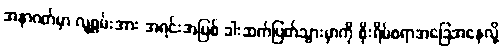
အနာဂတ်မှာ လူ့စွမ်းအား အရင်းအမြစ် ခါးဆက်ပြတ်သွားမှာကို စိုးရိမ်စရာအခြေအနေလို့